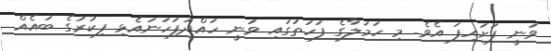
ވަނީ ފަށައިފަ އެވެ. މި ހަމަލާގެ ފަހަތުގައި ވަނީ ހައްދުފަހަނައެޅި ފިކުރުގެ ބައެއް